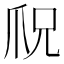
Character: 𪺎